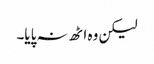
لیکن وہ اٹھ نہ پایا۔